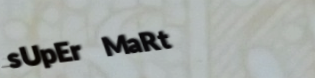
sUpEr MaRt